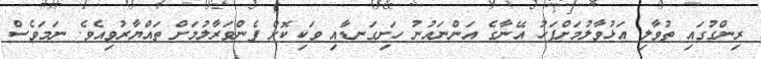
ރިންގުގައި ތުވާލި އަޅުވާލުމަށްފަހު އޭނާގެ އަންނައުނު ހަށިގަނޑާއި ވަކިކޮށް ފެންވަރާލުމަށް ތައްޔާރުވިއެވެ. ނަމަވެސް